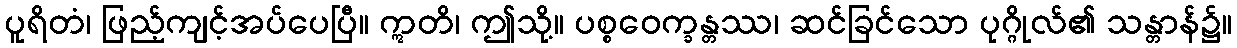
ပူရိတံ၊ ဖြည့်ကျင့်အပ်ပေပြီ။ ဣတိ၊ ဤသို့။ ပစ္စဝေက္ခန္တဿ၊ ဆင်ခြင်သော ပုဂ္ဂိုလ်၏ သန္တာန်၌။